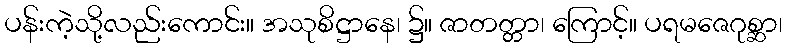
ပန်းကဲ့သို့လည်းကောင်း။ အသုစိဋ္ဌာနေ၊ ၌။ ဇာတတ္တာ၊ ကြောင့်။ ပရမဇေဂုစ္ဆာ၊